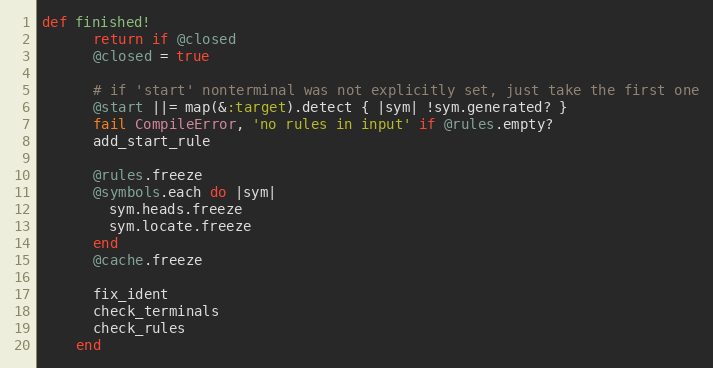
Language: Ruby
def finished!
      return if @closed
      @closed = true

      # if 'start' nonterminal was not explicitly set, just take the first one
      @start ||= map(&:target).detect { |sym| !sym.generated? }
      fail CompileError, 'no rules in input' if @rules.empty?
      add_start_rule

      @rules.freeze
      @symbols.each do |sym|
        sym.heads.freeze
        sym.locate.freeze
      end
      @cache.freeze

      fix_ident
      check_terminals
      check_rules
    end